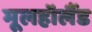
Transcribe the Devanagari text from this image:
मूलहॉलैंड